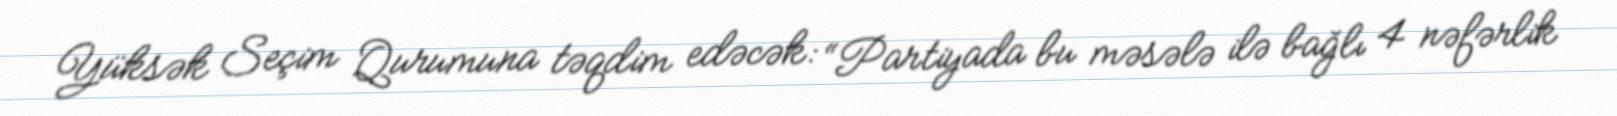
Yüksək Seçim Qurumuna təqdim edəcək: “Partiyada bu məsələ ilə bağlı 4 nəfərlik